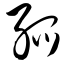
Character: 弧